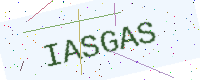
Text: IASGAS